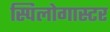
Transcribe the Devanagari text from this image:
स्पिलोगास्टर